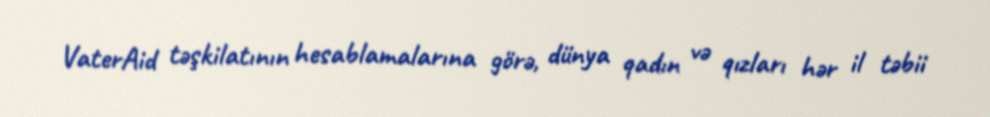
VaterAid təşkilatının hesablamalarına görə, dünya qadın və qızları hər il təbii